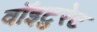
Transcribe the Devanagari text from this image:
वॉइटुरेट